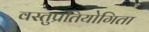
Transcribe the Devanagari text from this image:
वस्तुप्रतियोगिता